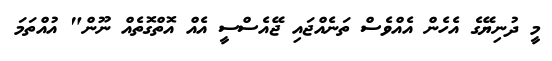
މީ ދުނިޔޭގެ އެހެން އެއްވެސް ތަނެއްޖައި ޖޭއެސްސީ އެއް އޮތްގޮތެއް ނޫން" އުއްތަމަ